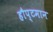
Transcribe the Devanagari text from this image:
हौप्टमान